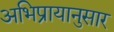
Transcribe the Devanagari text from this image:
अभिप्रायानुसार